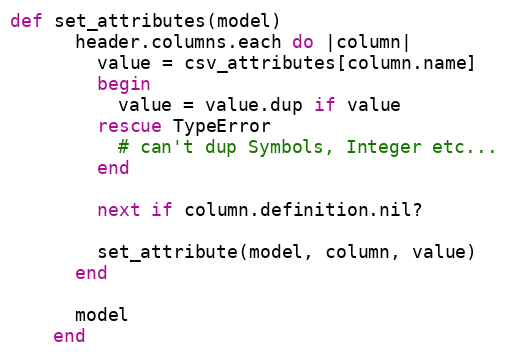
Language: Ruby
def set_attributes(model)
      header.columns.each do |column|
        value = csv_attributes[column.name]
        begin
          value = value.dup if value
        rescue TypeError
          # can't dup Symbols, Integer etc...
        end

        next if column.definition.nil?

        set_attribute(model, column, value)
      end

      model
    end